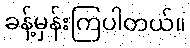
ခန့်မှန်းကြပါတယ်။